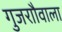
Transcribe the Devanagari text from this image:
गुजराौवाला